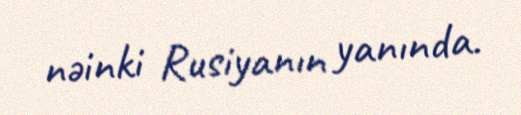
nəinki Rusiyanın yanında.